Plague in India, 1896, 1897 - Volume 3
Year: 1896
Disease focus: Plague
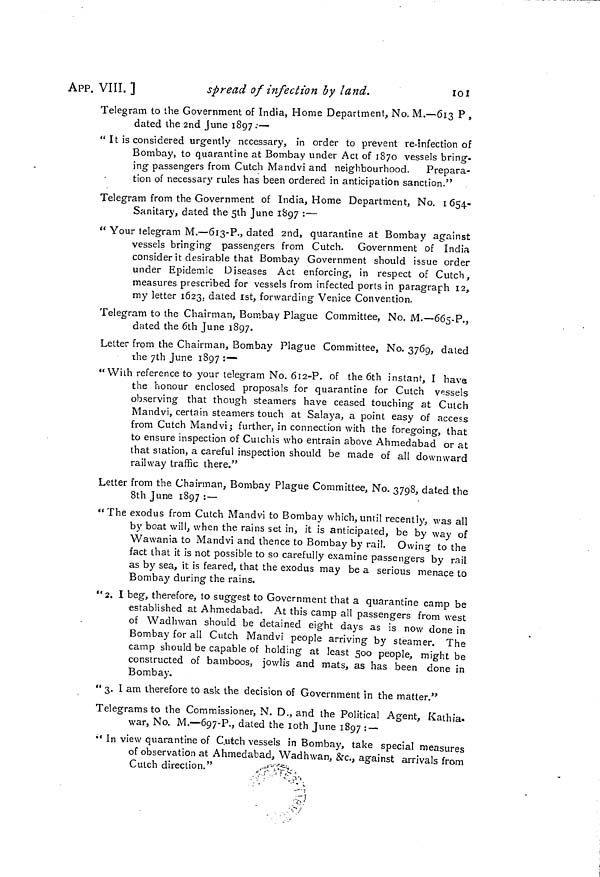
APP. VIII. ]
spread of infection by land.
101
Telegram to the Government of India, Home Department, No. M.—613 P ,
dated the 2nd June 1897 :—
" It is considered urgently necessary, in order to prevent re-infection of
Bombay, to quarantine at Bombay under Act of 1870 vessels bring-
ing passengers from Cutch Mandvi and neighbourhood. Prepara-
tion of necessary rules has been ordered in anticipation sanction."
Telegram from the Government of India, Home Department, No. 1 654-
Sanitary, dated the 5th June 1897 :—
" Your telegram M.—613-P., dated 2nd, quarantine at Bombay against
vessels bringing passengers from Cutch. Government of India
consider it desirable that Bombay Government should issue order
under Epidemic Diseases Act enforcing, in respect of Cutch,
measures prescribed for vessels from infected ports in paragraph 12,
my letter 1623. dated 1st, forwarding Venice Convention.
Telegram to the Chairman, Bombay Plague Committee, No. M.—665-P.,
dated the 6th June 1897.
Letter from the Chairman, Bombay Plague Committee, No. 3769, dated
the 7th June 1897 :—
"With reference to your telegram No. 612-P. of the 6th instant, I have
the honour enclosed proposals for quarantine for Cutch vessels
observing that though steamers have ceased touching at Cutch
Mandvi, certain steamers touch at Salaya, a point easy of access
from Cutch Mandvi; further, in connection with the foregoing, that
to ensure inspection of Cutchis who entrain above Ahmedabad or at
that station, a careful inspection should be made of all downward
railway traffic there."
Letter from the Chairman, Bombay Plague Committee, No. 3798, dated the
8th June 1897 :—
"The exodus from Cutch Mandvi to Bombay which,until recently, was all
by boat will, when the rains set in, it is anticipated, be by way of
Wawania to Mandvi and thence to Bombay by rail. Owing to the
fact that it is not possible to so carefully examine passengers by rail
as by sea, it is feared, that the exodus may be a serious menace to
Bombay during the rains.
"2. I beg, therefore, to suggest to Government that a quarantine camp be
established at Ahmedabad. At this camp all passengers from west
of Wadlnvan should be detained eight days as is now done in
Bombay for all Cutch Mandvi people arriving by steamer. The
camp should be capable of holding at least 500 people, might be
constructed of bamboos, jowlis and mats, as has been done in
Bombay.
" 3. 1 am therefore to ask the decision of Government in the matter."
Telegrams to the Commissioner, N. D., and the Political Agent, Kathia-
war, No. M.—697-P., dated the loth June 1897 : —
•' In view quarantine of C.utch vessels in Bombay, take special measures
of observation at Ahmedabad, Wadhwan, &c., against arrivals from
Cutch direction."